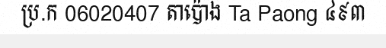
ប្រ.ក 06020407 តាប៉ោង Ta Paong ៤៩៣